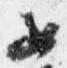
女